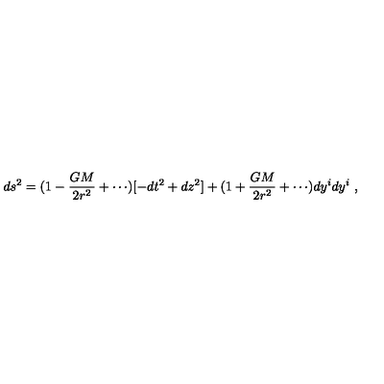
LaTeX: d s ^ { 2 } = ( 1 - { \frac { G M } { 2 r ^ { 2 } } } + \cdots ) [ - d t ^ { 2 } + d z ^ { 2 } ] + ( 1 + { \frac { G M } { 2 r ^ { 2 } } } + \cdots ) d y ^ { i } d y ^ { i } \ ,